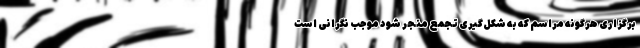
برگزاری هرگونه مراسم که به شکل‌گیری تجمع منجر شود موجب نگرانی است